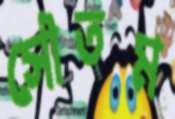
সৌতম